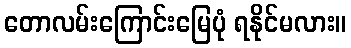
တောလမ်းကြောင်းမြေပုံ ရနိုင်မလား။